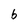
Character: b